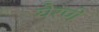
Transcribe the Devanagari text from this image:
येरणे